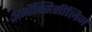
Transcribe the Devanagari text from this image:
अमौक्सिसीलिन